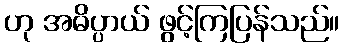
ဟု အဓိပ္ပာယ် ဖွင့်ကြပြန်သည်။